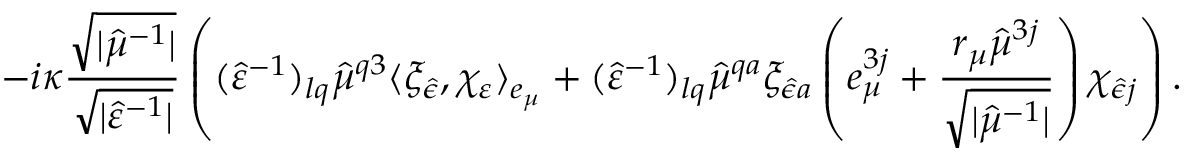
- i \kappa \frac { \sqrt { \vert \hat { \mu } ^ { - 1 } \vert } } { \sqrt { \vert \hat { \varepsilon } ^ { - 1 } \vert } } \left( ( \hat { \varepsilon } ^ { - 1 } ) _ { l q } \hat { \mu } ^ { q 3 } \langle \xi _ { \hat { \epsilon } } , \chi _ { \varepsilon } \rangle _ { e _ { \mu } } + ( \hat { \varepsilon } ^ { - 1 } ) _ { l q } \hat { \mu } ^ { q a } \xi _ { \hat { \epsilon } a } \left( e _ { \mu } ^ { 3 j } + \frac { r _ { \mu } \hat { \mu } ^ { 3 j } } { \sqrt { \vert \hat { \mu } ^ { - 1 } \vert } } \right) \chi _ { \hat { \epsilon } j } \right) .